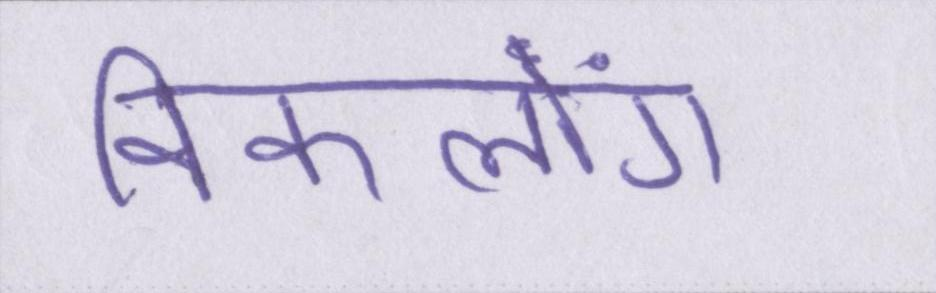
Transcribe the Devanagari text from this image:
विकलांग